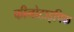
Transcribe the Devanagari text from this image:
फीनोटाइपिक